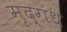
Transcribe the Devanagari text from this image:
मृद्‌गंध